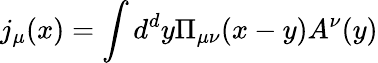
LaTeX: j_{\mu}(x)=\int d^{d}y\Pi_{\mu\nu}(x-y)A^{\nu}(y)